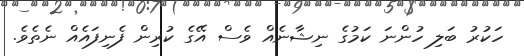
ހަކުރު ބަލި ހުންނަ ކަމުގެ ނިޝާނެއް ވެސް އޭގެ ކުރިން ފެނިފައެއް ނެތެވެ.